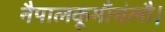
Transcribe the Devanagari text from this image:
नैपालकूमाँचंलौ।